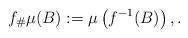
LaTeX: \begin{align*} f_{\#}\mu(B) := \mu\left(f^{-1}(B)\right), .\end{align*}